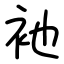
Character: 衪